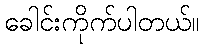
ခေါင်းကိုက်ပါတယ်။